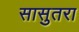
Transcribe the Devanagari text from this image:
सासुतरा